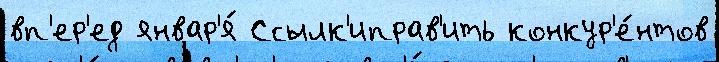
вп'ер'ед январ'я́ Ссылк'иправ'ить конкур'е́нтов